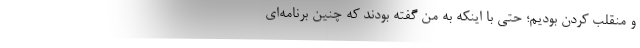
و منقلب کردن بودیم؛ حتی با اینکه به من گفته بودند که چنین برنامه‌ای